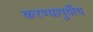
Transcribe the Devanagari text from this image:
करण्यापुर्वीच